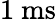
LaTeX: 1~\mathrm{ms}